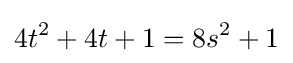
4t^{2}+4t+1=8s^{2}+1